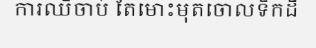
ការឈឺចាប់ តែមោះមុតចោលទឹកដី